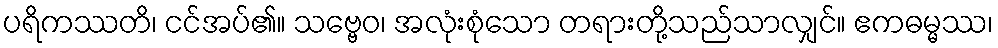
ပရိကဿတိ၊ ငင်အပ်၏။ သဗ္ဗေဝ၊ အလုံးစုံသော တရားတို့သည်သာလျှင်။ ဧကဓမ္မဿ၊